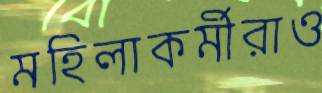
মহিলাকর্মীরাও